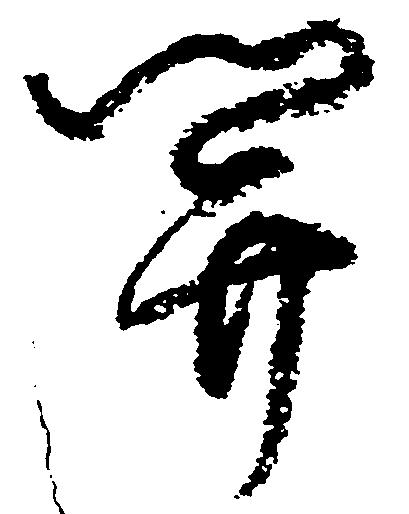
関